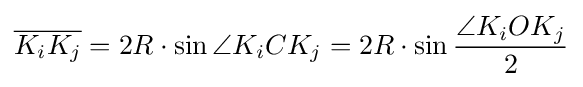
{\overline {K_{i}K_{j}}}=2R\cdot \sin \angle K_{i}CK_{j}=2R\cdot \sin {\frac {\angle K_{i}OK_{j}}{2}}